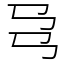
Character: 𢎙